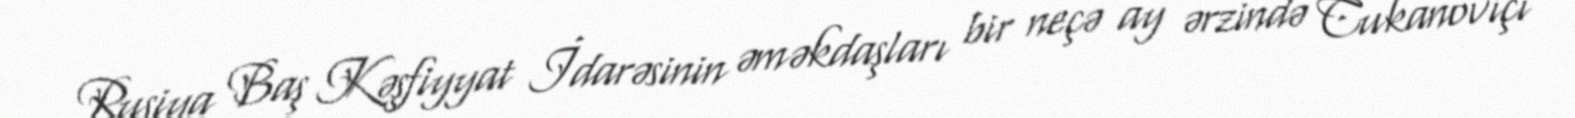
Rusiya Baş Kəşfiyyat İdarəsinin əməkdaşları bir neçə ay ərzində Cukanoviçi